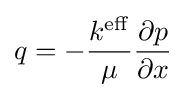
q=-{\frac {k^{\mathrm {eff} }}{\mu }}{\frac {\partial p}{\partial x}}